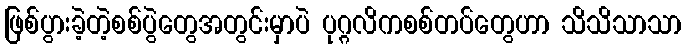
ဖြစ်ပွားခဲ့တဲ့စစ်ပွဲတွေအတွင်းမှာပဲ ပုဂ္ဂလိကစစ်တပ်တွေဟာ သိသိသာသာ